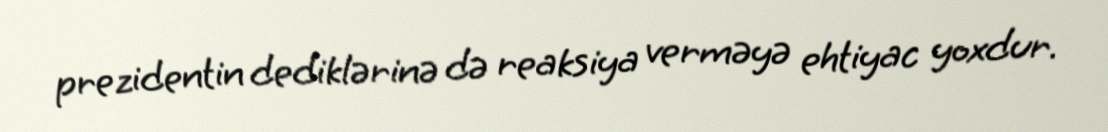
prezidentin dediklərinə də reaksiya verməyə ehtiyac yoxdur.